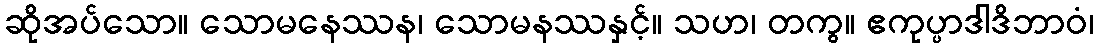
ဆိုအပ်သော။ သောမနေဿန၊ သောမနဿနှင့်။ သဟ၊ တကွ။ ဧကုပ္ပာဒါဒိဘာဝံ၊